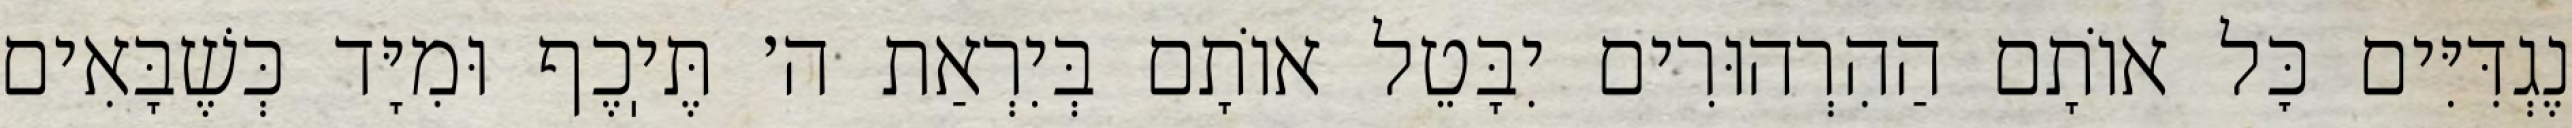
נֶגְדִּיִּים כׇּל אוֹתָם הַהִרְהוּרִים יִבָּטֵל אוֹתָם בְּיִרְאַת ה׳ תֶּיֽכֶף וּמִיָּד כְּשֶׁבָּאִים